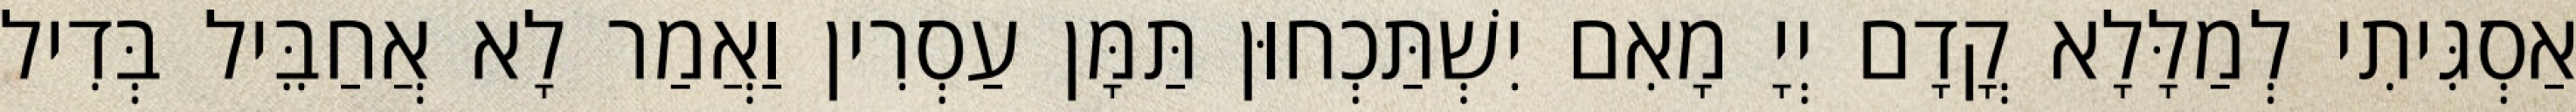
אַסְגִּיתִי לְמַלָּלָא קֳדָם יְיָ מָאִם יִשְׁתַּכְחוּן תַּמָּן עַסְרִין וַאֲמַר לָא אֲחַבֵּיל בְּדִיל